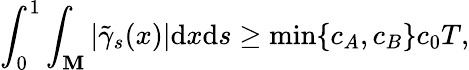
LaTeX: \int_{0}^{1}\int_{\mathbf{M}}|\tilde{{\gamma}}_{s}(x)|\mathrm{{d}}x\mathrm{{d}}s\geq\operatorname*{min}\{ c_{A},c_{B}\} c_{0}T,